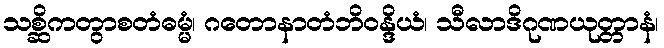
သစ္ဆိကတွာစတံဓမ္မံ၊ ဂတောနာတံဘိဝန္ဒိယံ၊ သီလာဒိဂုဏယုတ္တာနံ၊